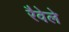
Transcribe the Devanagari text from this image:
रैवेले